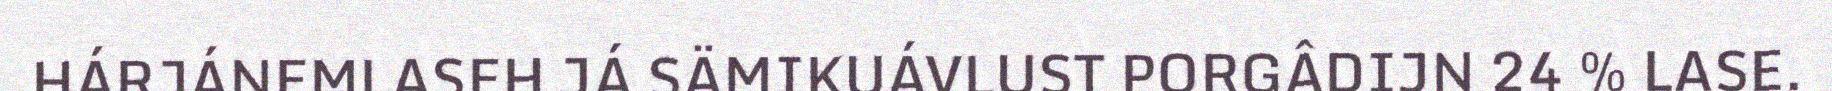
HÁRJÁNEMLASEH JÁ SÄMIKUÁVLUST PORGÂDIJN 24 % LASE.